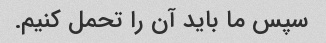
سپس ما باید آن را تحمل کنیم.